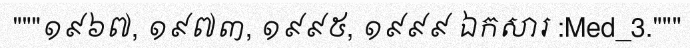
"""១៩៦៧, ១៩៧៣, ១៩៩៥, ១៩៩៩ ឯកសារ :Med_3."""